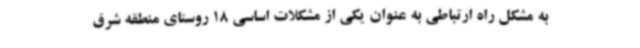
به مشکل راه ارتباطی به عنوان یکی از مشکلات اساسی 18 روستای منطقه شرق